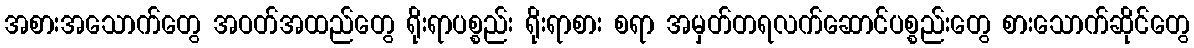
အစားအသောက်တွေ အဝတ်အထည်တွေ ရိုးရာပစ္စည်း ရိုးရာစား စရာ အမှတ်တရလက်ဆောင်ပစ္စည်းတွေ စားသောက်ဆိုင်တွေ